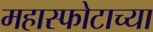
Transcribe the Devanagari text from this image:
महास्फोटाच्या